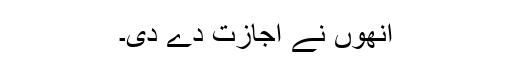
انھوں نے اجازت دے دی۔